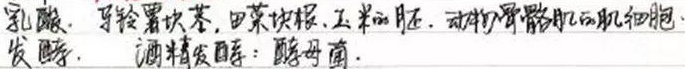
乳酸：马铃薯块茎、甜菜块根、玉米的胚、动物骨骼肌的肌细胞。酒精发酵：酵母菌。